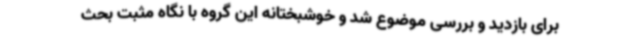
برای بازدید و بررسی موضوع شد و خوشبختانه این گروه با نگاه مثبت بحث